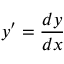
y ^ { \prime } = \frac { d y } { d x }